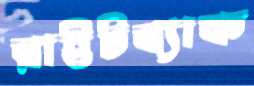
রাইটব্যাক